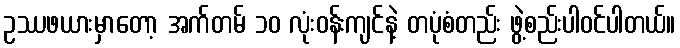
ဥဿဖယားမှာတော့ အက်တမ် ၁၀ လုံးဝန်းကျင်နဲ့ တပုံစံတည်း ဖွဲ့စည်းပါဝင်ပါတယ်။